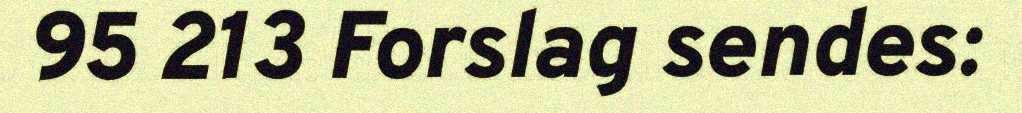
95 213 Forslag sendes: